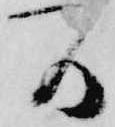
間